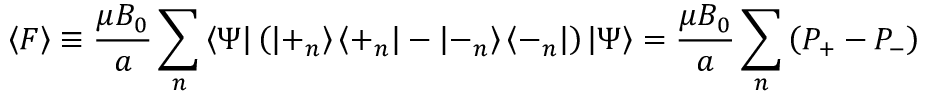
\left\langle F \right\rangle \equiv \frac { \mu B _ { 0 } } { a } \sum _ { n } \left\langle \Psi \right| \left( \left| + _ { n } \right\rangle \left\langle + _ { n } \right| - \left| - _ { n } \right\rangle \left\langle - _ { n } \right| \right) \left| \Psi \right\rangle = \frac { \mu B _ { 0 } } { a } \sum _ { n } \left( P _ { + } - P _ { - } \right)